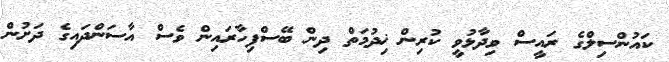
ކައުންސިލްގެ ރައީސް ވިދާޅުވީ ކުރިން ޚިދުމަތް ދިން ބޭސްފިހާރައިން ވެސް އާސަންދައިގެ ދަށުން